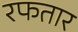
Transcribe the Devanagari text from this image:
रफतार